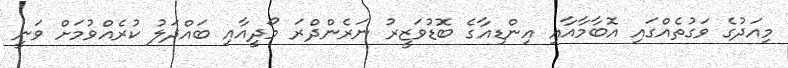
މިއަދުގެ ވަގުތެއްގައި އޮބާމާއާއި އިންޑިއާގެ ބޮޑުވަޒީރު ނަރެންދްރަ މޯދީއާއި ބައްދަލު ކުރެއްވުމަށް ވަނީ